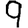
Digit: 9